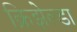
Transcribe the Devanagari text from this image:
क्रिझेल्डा